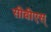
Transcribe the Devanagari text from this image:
सीबीएस्